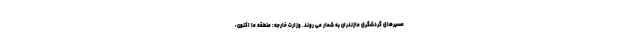
مسیرهای گردشگری مازندران به شمار می روند. وزارت خارجه: منطقه ما اکنون،